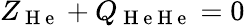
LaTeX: Z_{\mathrm{~H~e~}}+Q_{\mathrm{~H~e~H~e~}}=0